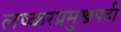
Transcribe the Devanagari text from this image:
लष्करप्रमुखपदी